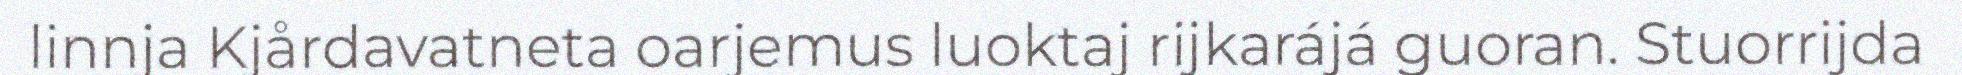
linnja Kjårdavatneta oarjemus luoktaj rijkarájá guoran. Stuorrijda